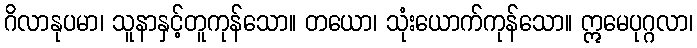
ဂိလာနုပမာ၊ သူနာနှင့်တူကုန်သော။ တယော၊ သုံးယောက်ကုန်သော။ ဣမေပုဂ္ဂလာ၊